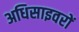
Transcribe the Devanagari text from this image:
अधिसाइवरों